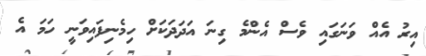
އިރު އެއް ވަނަގައި ވެސް އެންމެ ގިނަ އަދަދަކަށް ހިމެނިފައިވަނީ ހަމަ އެ